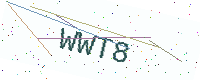
Text: WWT8